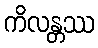
ကိလန္တဿ